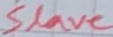
Text: Slave